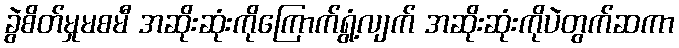
ခွဲစိတ်မှုမစမီ အဆိုးဆုံးကိုကြောက်ရွံ့လျက် အဆိုးဆုံးကိုပဲတွက်ဆကာ